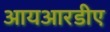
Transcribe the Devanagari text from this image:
आयआरडीए